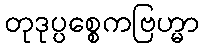
တုဒုပ္ပစ္စေကဗြဟ္မာ